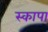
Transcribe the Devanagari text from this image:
स्कापा